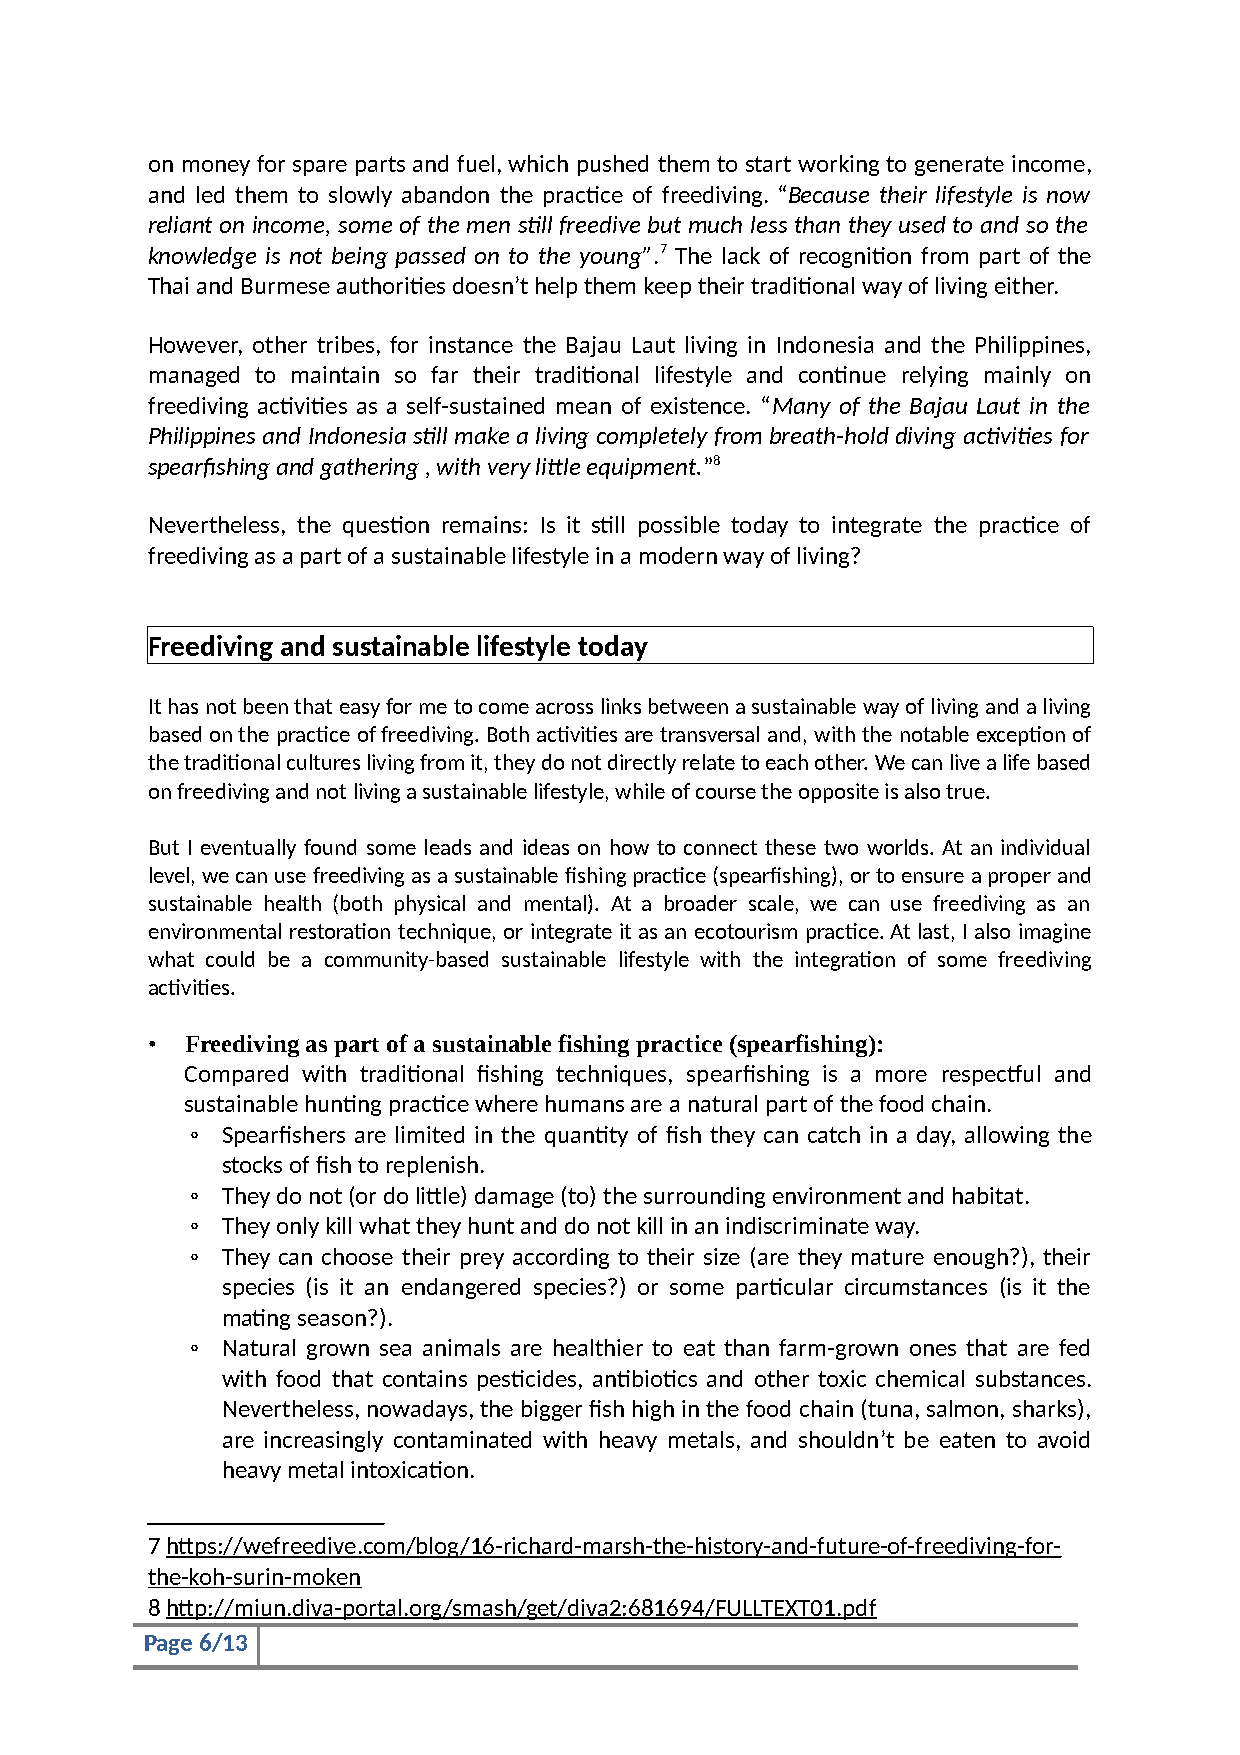
on money for spare parts and fuel, which pushed them to start working to generate income,
 and led them to slowly abandon the practice of freediving. “Because their lifestyle is now
 reliant on income, some of the men still freedive but much less than they used to and so the
 knowledge is not being passed on to the young”.7 The lack of recognition from part of the
 Thai and Burmese authorities doesn’t help them keep their traditional way of living either.
 However, other tribes, for instance the Bajau Laut living in Indonesia and the Philippines,
 managed to maintain so far their traditional lifestyle and continue relying mainly on
 freediving activities as a self-sustained mean of existence. “Many of the Bajau Laut in the
 Philippines and Indonesia still make a living completely from breath-hold diving activities for
 spearfishing and gathering , with very little equipment.”8
 Nevertheless, the question remains: Is it still possible today to integrate the practice of
 freediving as a part of a sustainable lifestyle in a modern way of living?
 Freediving and sustainable lifestyle today
 It has not been that easy for me to come across links between a sustainable way of living and a living
 based on the practice of freediving. Both activities are transversal and, with the notable exception of
 the traditional cultures living from it, they do not directly relate to each other. We can live a life based
 on freediving and not living a sustainable lifestyle, while of course the opposite is also true.
 But I eventually found some leads and ideas on how to connect these two worlds. At an individual
 level, we can use freediving as a sustainable fishing practice (spearfishing), or to ensure a proper and
 sustainable health (both physical and mental). At a broader scale, we can use freediving as an
 environmental restoration technique, or integrate it as an ecotourism practice. At last, I also imagine
 what could be a community-based sustainable lifestyle with the integration of some freediving
 activities.
 • Freediving as part of a sustainable fishing practice (spearfishing):
 Compared with traditional fishing techniques, spearfishing is a more respectful and
 sustainable hunting practice where humans are a natural part of the food chain.
 ◦ Spearfishers are limited in the quantity of fish they can catch in a day, allowing the
 stocks of fish to replenish.
 ◦ They do not (or do little) damage (to) the surrounding environment and habitat.
 ◦ They only kill what they hunt and do not kill in an indiscriminate way.
 ◦ They can choose their prey according to their size (are they mature enough?), their
 species (is it an endangered species?) or some particular circumstances (is it the
 mating season?).
 ◦ Natural grown sea animals are healthier to eat than farm-grown ones that are fed
 with food that contains pesticides, antibiotics and other toxic chemical substances.
 Nevertheless, nowadays, the bigger fish high in the food chain (tuna, salmon, sharks),
 are increasingly contaminated with heavy metals, and shouldn’t be eaten to avoid
 heavy metal intoxication.
 7 https://wefreedive.com/blog/16-richard-marsh-the-history-and-future-of-freediving-for-
 the-koh-surin-moken
 8 http://miun.diva-portal.org/smash/get/diva2:681694/FULLTEXT01.pdf
 Page 6/13